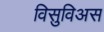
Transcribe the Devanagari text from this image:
विसुविअस